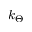
k _ { \Theta }